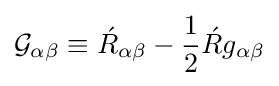
{\mathcal {G}}_{\alpha \beta }\equiv {\acute {R}}_{\alpha \beta }-{1 \over 2}{\acute {R}}g_{\alpha \beta }